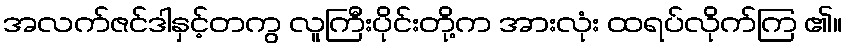
အလက်ဇင်ဒါနှင့်တကွ လူကြီးပိုင်းတို့က အားလုံး ထရပ်လိုက်ကြ ၏။